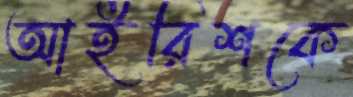
আইরিশকে